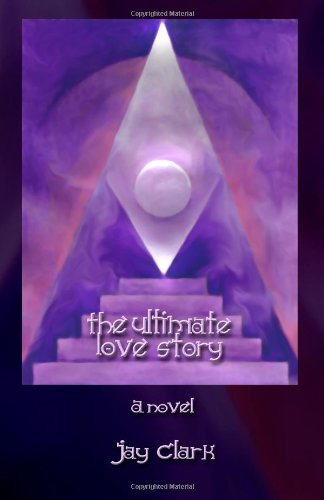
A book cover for The Ultimate Love Story: An imaginary tale inspired by ancient truths; Jay Clark; Romance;